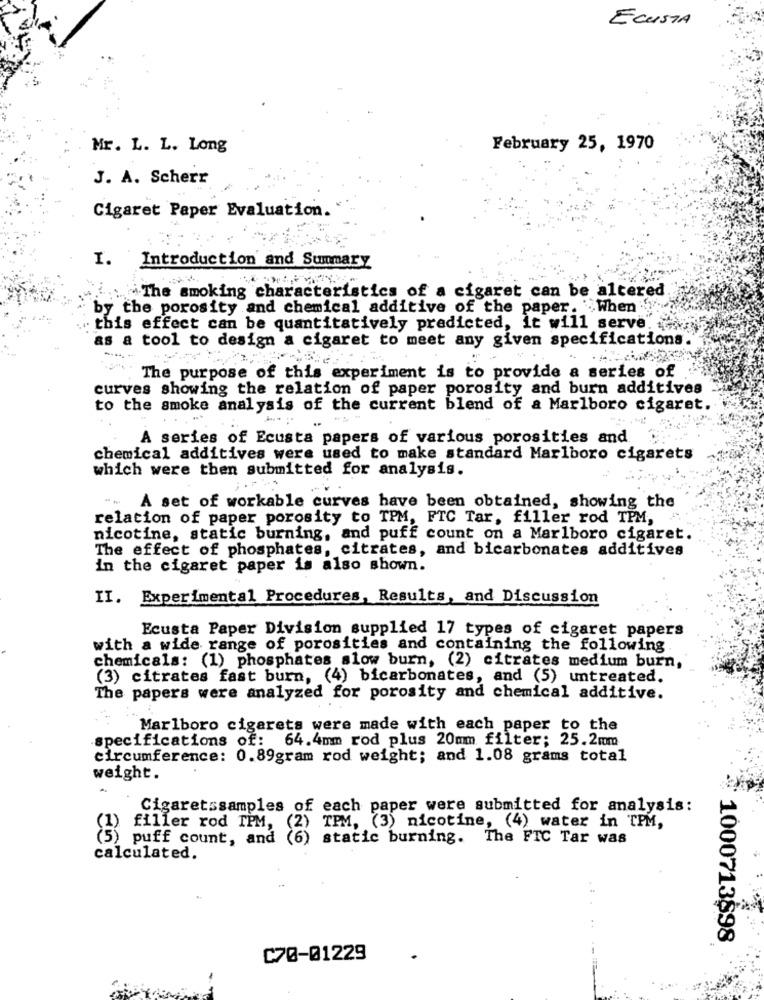
ECUISTA
Mr. L. L. Long
February 25, 1970
J. A. Scherr
Cigaret Paper Evaluation.
I. Introduction and Summary
The smoking characteristics of a cigaret can be altered
by the porosity and chemical additive of the paper. . When
this effect can be quantitatively predicted, it will serve
as a tool to design a cigaret to meet any given specifications.
-
The purpose of this experiment is to provide a series of
curves showing the relation of paper porosity and burn additives
to the smoke analysis of the current blend of a Marlboro cigaret.
A series of Ecusta papers of various porosities and
chemical additives were used to make standard Marlboro cigarets
which were then submitted for analysis.
--
A set of workable curves have been obtained, showing the
relation of paper porosity to TPM, FTC Tar, filler rod TPM,
nicotine, static burning, and puff count on a Marlboro cigaret.
The effect of phosphates, citrates, and bicarbonates additives
in the cigaret paper is also shown.
II. Experimental Procedures, Results, and Discussion
Ecusta Paper Division supplied 17 types of cigaret papers
with a wide range of porosities and containing the following
chemicals: (1) phosphates slow burn, (2) citrates medium burn,
(3) citrates fast burn, (4) bicarbonates, and (5) untreated.
The papers were analyzed for porosity and chemical additive.
Marlboro cigarets were made with each paper to the
specifications of: 64.4mm rod plus 20mm filter; 25.2mm
circumference: 0.89gram rod weight; and 1.08 grams total
weight.
Cigaretssamples of each paper were submitted for analysis:
filler rod TPM,
(2)
TPM, (3) nicotine, (4) water in TPM,
(5) puff count, and (6) static burning. The FTC Tar was
calculated.
1000713898
C70-01229